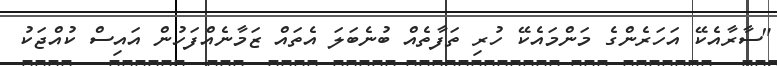
"ސާރާއެކޭ އަހަރެންގެ މަންމައެކޭ ހުރި ތަފާތެއް ބުނެބަލަ އެތައް ޒަމާނެއްފަހުން އައިސް ކުއްޖަކު